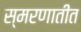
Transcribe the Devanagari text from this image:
स्मरणातीत